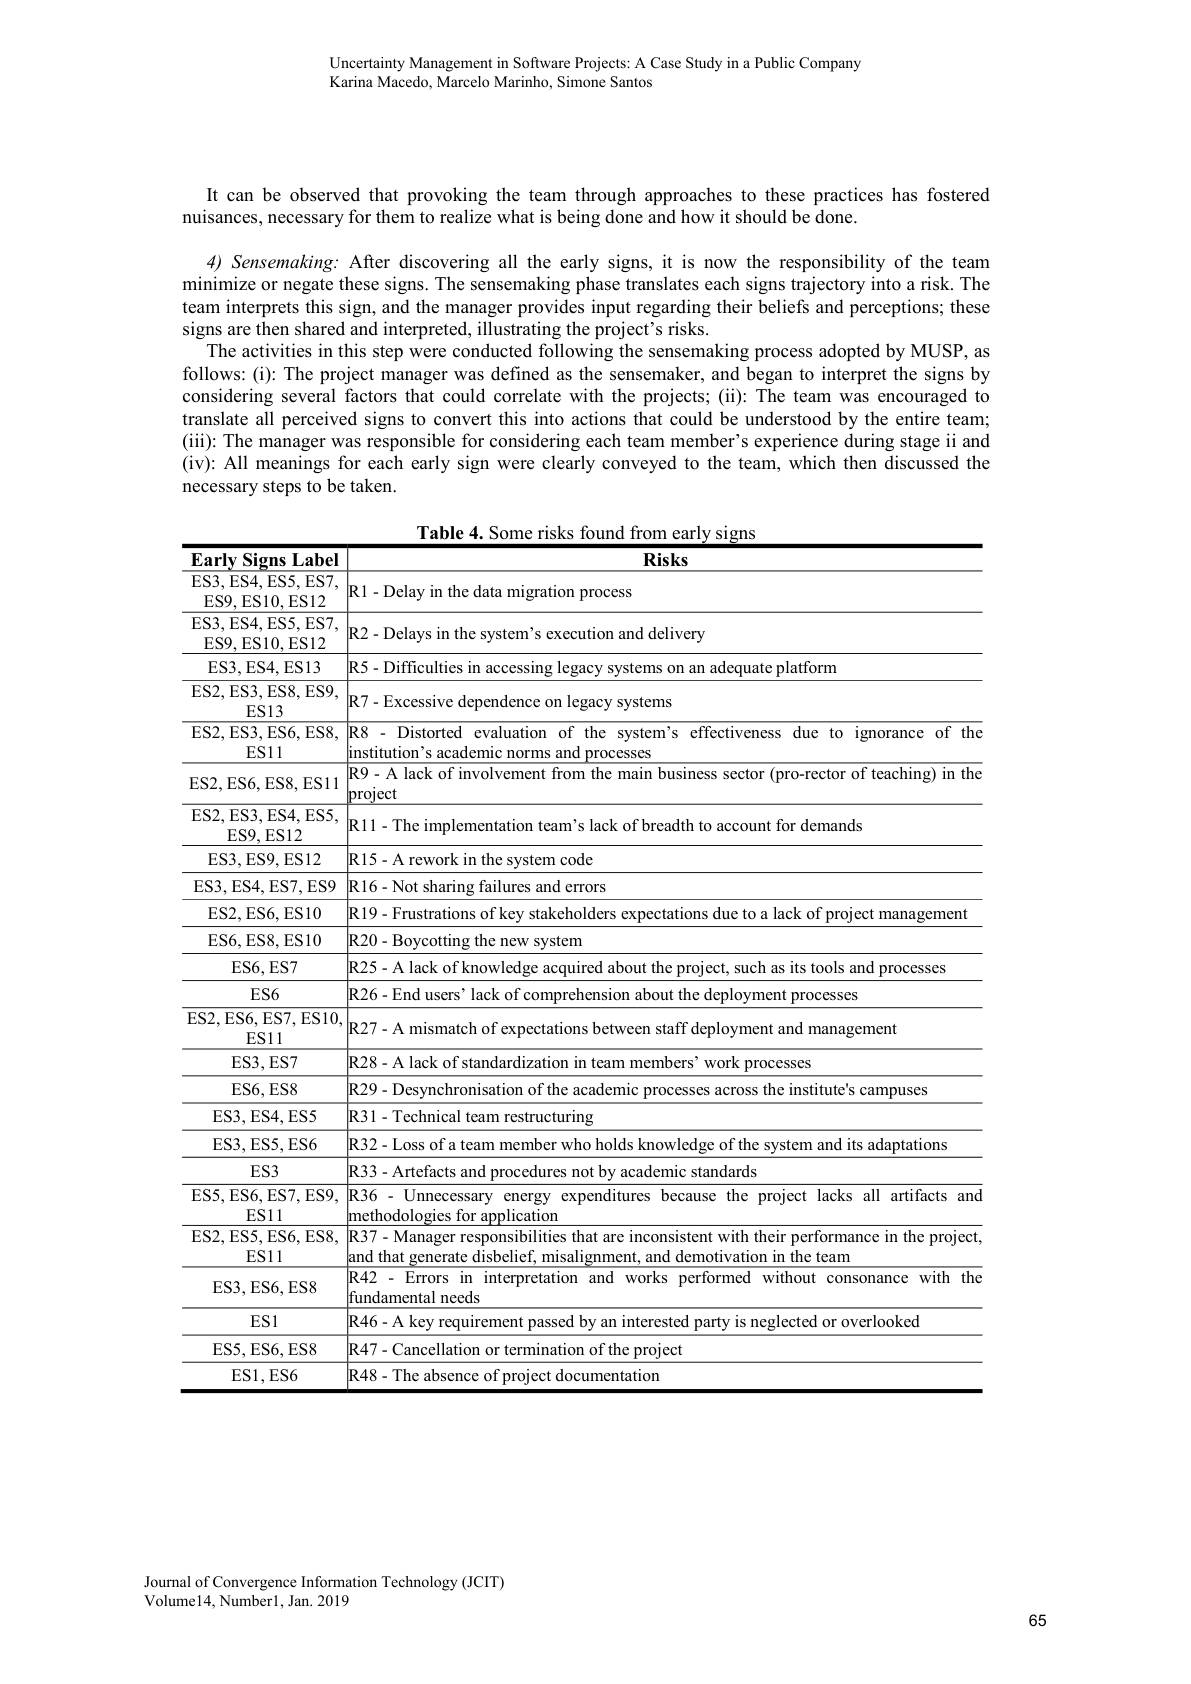
Uncertainty Management in Software Projects: A Case Study in a Public Company
Karina Macedo, Marcelo Marinho, Simone Santos

It can be observed that provoking the team through approaches to these practices has fostered

nuisances, necessary for them to realize what is being done and how it should be done.

4) Sensemaking: After discovering all the early signs, it is now the responsibility of the team minimize or negate these signs. The sensemaking phase translates each signs trajectory into a risk. The team interprets this sign, and the manager provides input regarding their beliefs and perceptions; these signs are then shared and interpreted, illustrating the project's risks.
The activities in this step were conducted following the sensemaking process adopted by MUSP, as follows:(i): The project manager was defined as the sensemaker, and began to interpret the signs by considering several factors that could correlate with the projects; (ii): The team was encouraged to translate all perceived signs to convert this into actions that could be understood by the entire team; (iii): The manager was responsible for considering each team member's experience during stage ii and (iv): All meanings for each early sign were clearly conveyed to the team, which then discussed the necessary steps to be taken.

Table 4. Some risks found from early signs
<table>
	<tbody>
		<tr>
			<th>$\textbf{Earlv Signs Label}$</th>
			<th>Risks</th>
		</tr>
		<tr>
			<td>ES3,ES4,ES5,ES7. ES9,ES10,ES12</td>
			<td>$|\mathbf{R}1-$Delay in the data migration process</td>
		</tr>
		<tr>
			<td>ES3, ES4, ES5, ES7.  ES9,ES10,ES12</td>
			<td>R2-Delays in the system's execution and delivery</td>
		</tr>
		<tr>
			<td>ES3, ES4, ES13</td>
			<td>quate platform</td>
		</tr>
		<tr>
			<td>ES2, ES3, ES8, ES9,  $ES13$</td>
			<td>R7-Excessive dependence on legacy systems</td>
		</tr>
		<tr>
			<td>ES2, ES3, ES6, ES8,  $ES11$</td>
			<td>R8- Distorted evaluation of the system's effectiveness due to ignorance of the institution's academic norms and processes</td>
		</tr>
		<tr>
			<td>ES2,ES6,ES8,ES11</td>
			<td>R9-A lack of involvement from the main business sector (pro-rector of teaching) in the project</td>
		</tr>
		<tr>
			<td>ES2, ES3, ES4, ES5 ES9, ES12</td>
			<td>${\mathrm{R11-The~implementation~team's~lack~of~breadth~to~account~for~demands}}$</td>
		</tr>
		<tr>
			<td>ES3, ES9, ES12</td>
			<td>R15 ${\mathrm{~rework~in~the~system~code}}$</td>
		</tr>
		<tr>
			<td>ES3, ES4, ES7, ES9</td>
			<td>R16- Not sharing g failures and errors</td>
		</tr>
		<tr>
			<td>ES2, ES6, ES10</td>
			<td>lanagement</td>
		</tr>
		<tr>
			<td>ES6, ES8, ES10</td>
			<td>|R20-Boycotting the new system</td>
		</tr>
		<tr>
			<td>ES6, ES7</td>
			<td>rocesses</td>
		</tr>
		<tr>
			<td>$ES6$</td>
			<td>rocesses</td>
		</tr>
		<tr>
			<td>ES2, ES6, ES7, ES10, $ES11$</td>
			<td>R27-A mismatch of expectations between staff deployment and management</td>
		</tr>
		<tr>
			<td>ES3, ES7</td>
			<td>$R28$ {:}processes</td>
		</tr>
		<tr>
			<td>ES6, ES8</td>
			<td>R20 s campuses</td>
		</tr>
		<tr>
			<td>ES3, ES4, ES5</td>
			<td>R31-Technical l team restructuring</td>
		</tr>
		<tr>
			<td>ES3, ES5, ES6</td>
			<td>daptations</td>
		</tr>
		<tr>
			<td>$ES3$</td>
			<td>232 emic standards</td>
		</tr>
		<tr>
			<td>ES5, ES6, ES7, ES9,  ES11</td>
			<td>R36 - Unnecessary energy expenditures because the project lacks all artifacts and methodologies for application</td>
		</tr>
		<tr>
			<td>ES2, ES5, ES6, ES8,  $ES11$</td>
			<td>R37-Manager responsibilities that are inconsistent with their performance in the project and that generate disbelief, misalignment, and demotivation in the team</td>
		</tr>
		<tr>
			<td>ES3, ES6, ES8</td>
			<td>R42-Errors in interpretation and works performed without consonance with the fundamental needs</td>
		</tr>
		<tr>
			<td>ES1</td>
			<td>R46-A key requireme is neglected or overlooked</td>
		</tr>
		<tr>
			<td>ES5, ES6, ES8</td>
			<td>R47 of the project</td>
		</tr>
		<tr>
			<td>ES1,ES6</td>
			<td>$2AS$ ocumentation</td>
		</tr>
	</tbody>
</table>

Journal of Convergence Information Technology (JCIT)
Volume14, Number1, Jan. 2019

65